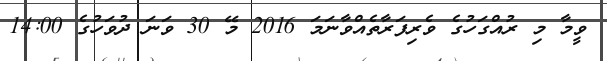
ވީމާ މި ރުއްގަހުގެ ވެރިފަރާތެއްވާނަމަ 2016 މޭ 30 ވަނަ ދުވަހުގެ 14:00